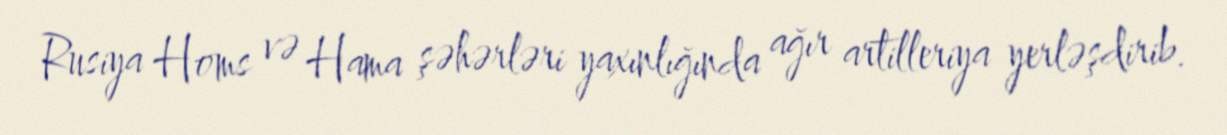
Rusiya Homs və Hama şəhərləri yaxınlığında ağır artilleriya yerləşdirib.